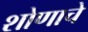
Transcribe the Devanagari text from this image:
शोणाचे